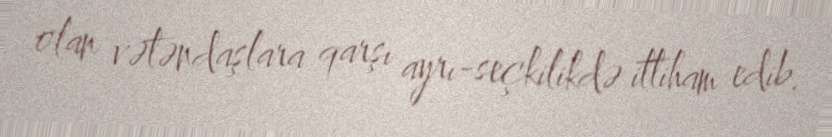
olan vətəndaşlara qarşı ayrı-seçkilikdə ittiham edib.